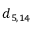
d _ { 5 , 1 4 }